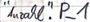
Text: "Anzahl".P_1